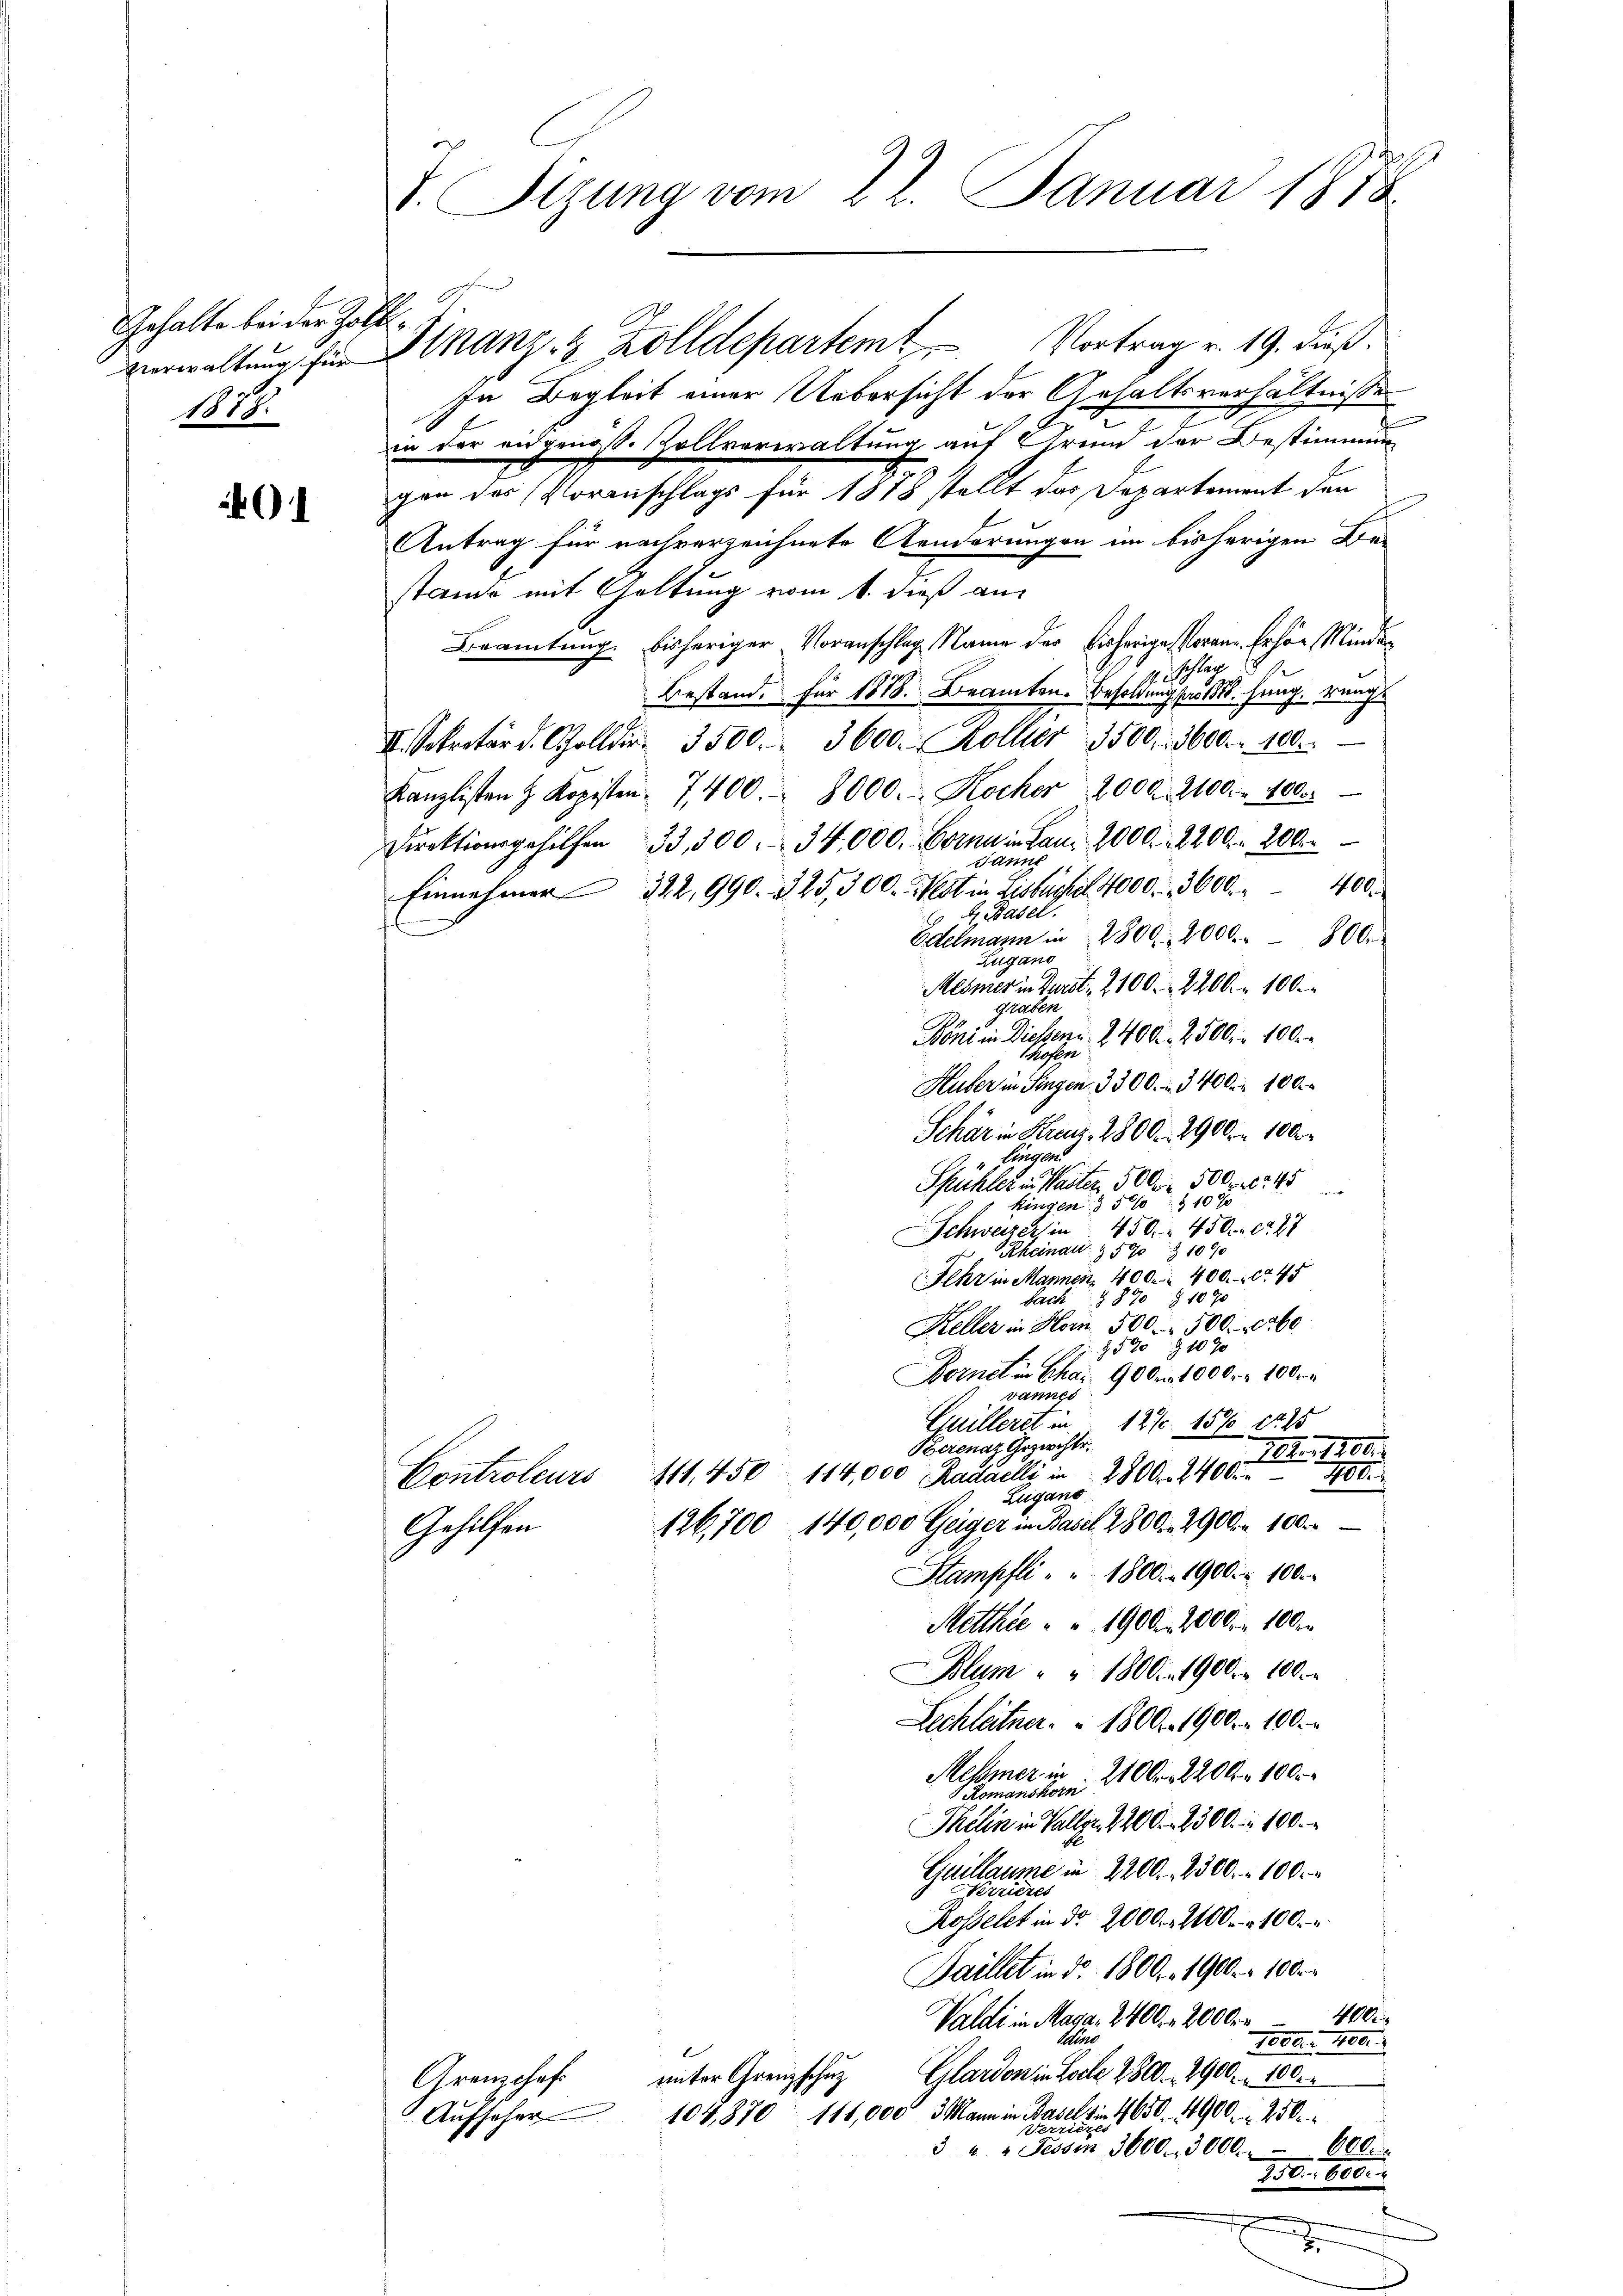
Gehalte bei der Zölfverwaltung für
117.

401

In Begleit einer Uebersicht der Gehaltsverhältnisse
e
in der eidgenoß. Zollverwaltung auf Grund der Bestimmung
gen des (Voranschlags für 1878 stellt das Departement den
Antrag für nachverzeichnete Aenderungen im bisherigen Dei
stande mit Geltung vom 1. dieß an
Beamtung bisheriger Voranschlag Name der bisherige Vorane. Erhör Minder
 zu schlag
Bestand. Für 1818. Beamten. Besoldung pro 1818. Jung, rung
II. Sekretär d. Solldir. 3500. 3600. Koller 3500. 3600. r. 100.
Kanzlisten H. Kopisten 7400.- 8000. Kocher 2000. 2100. r. 4000.
Direktionsgehilfen 33,300. 34,000. Bora in am 2000. 2200 n 200.
Janit
Einnehmer 322, 990. 325, 300. Fest in Eisbuche 4000. 3600 " 400
d Basel.
Edelmann in 2800. 2000 " 800.
Zugano
Mesmer in Durst 2100. 2200. 100.
graben
I
Boni in Diessen 2400. 2500. 100.
hofen
Huber in Singen 3300. 340 n 100
Schär in Kunz, 2800. 2900 n 100
Hungen
2
Spuhler in Kaster 500fr. 500 Fr. 45
ver
kingen 16 f 10 x
Schweizer in 450. 450. 727
Rheinau § 590 § 1090
Fehr in Mannen 400. 400. 745
Fach § 870 § 1070
Keller in Horn. 500. 500. 260.
2520 § 1070
Fornet in Char 90 der 1000fr. 100
vannes
Grulleret in 12 % 15% 1225
Berenaz Geziechte.
102. 1800.
111,450 114,000 Radaelli in 2800. 24000
182
Controleurs
Zugano
126,700 140,000 Geiger in Basel 2800. 2900fr. 100.
Gehilfen
Stampfli " " 1800. 1900. r. 100.
Metthue " " 1900. 2000 n 100 r
Blum " " 1800. 1900. r. 100.
Lechlatner 1800. 1900. 100. r
Meßmer in 2100. 2200. 1000
Scomanshorn
Thelin in Valler 2200. 2300. 100.
Guillaume in 2200. 2300. 100.
Verriere
Rosselet in dr. 2000 f 200. 100.
Faillet in dr. 1800. 1900 n 100
100
Valdi in Maga. 2400 n 2000fr.
e
ug
Peter Her
Arenschaft ŭnter Grenzschŭg Glarden in Loche 2800. 2900. 100.
Aufseher
108870 111,000, 3 Mann in Basels in 1650 - 1900 n 250
1
606.
3 " " Fessen 3000 - 3000.
156. 1600.

T. Sitzung vom 22. Januar 1878

Finanz- & Zolldepartem Vortrag v. 19. dieß.